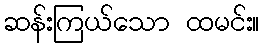
ဆန်းကြယ်သော ထမင်း။